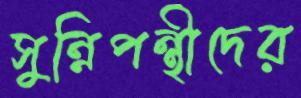
সুন্নিপন্থীদের